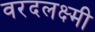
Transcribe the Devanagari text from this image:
वरदलक्ष्मी